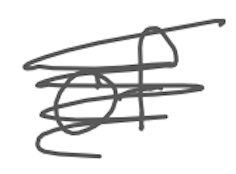
Text: of
Cross-out: scratch
Writing tool: digital_gray